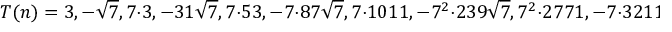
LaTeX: T ( n ) = 3 , - { \sqrt { 7 } } , 7 \cdot 3 , - 3 1 { \sqrt { 7 } } , 7 \cdot 5 3 , - 7 \cdot 8 7 { \sqrt { 7 } } , 7 \cdot 1 0 1 1 , - 7 ^ { 2 } \cdot 2 3 9 { \sqrt { 7 } } , 7 ^ { 2 } \cdot 2 7 7 1 , - 7 \cdot 3 2 1 1 9 { \sqrt { 7 } } , 7 ^ { 2 } \cdot 5 3 1 8 9 ,